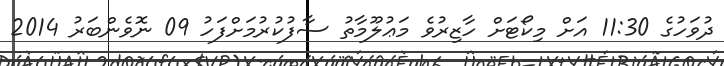
ދުވަހުގެ 11:30 އަށް މިކޯޓަށް ހާޒިރުވެ މަޢުލޫމާތު ސާފުކުރުމަށްފަހު 09 ނޮވެންބަރު 2014